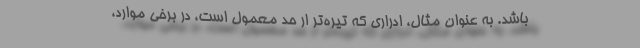
باشد. به عنوان مثال، ادراری که تیره‌تر ار حد معمول است، در برخی موارد،